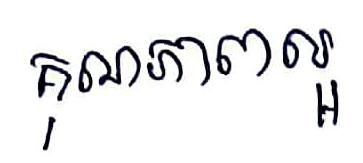
គុណភាពល្អ